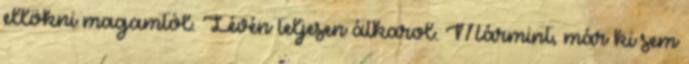
ellökni magamtól. Lévén teljesen átkarol. Mármint, már ki sem